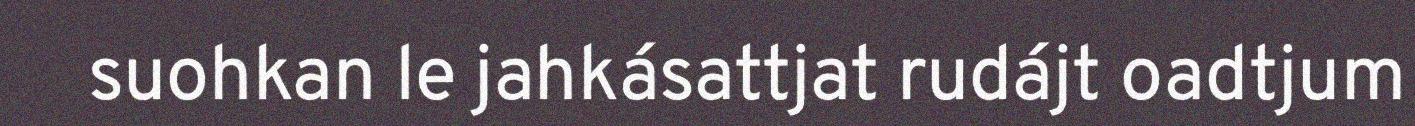
suohkan le jahkásattjat rudájt oadtjum